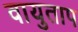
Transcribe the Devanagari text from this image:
वायुताप